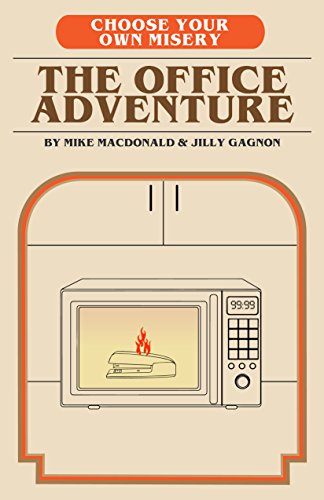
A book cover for Choose Your Own Misery: The Office Adventure; Mike MacDonald; Literature & Fiction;